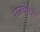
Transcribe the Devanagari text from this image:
राजवीथी